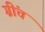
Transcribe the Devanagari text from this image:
ग्रींच